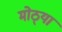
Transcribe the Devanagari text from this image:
मोठ्‍या